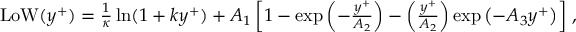
\begin{array} { r } { \mathrm { L o W } ( y ^ { + } ) = \frac { 1 } { \kappa } \ln ( 1 + k y ^ { + } ) + A _ { 1 } \left[ 1 - \exp \left( - \frac { y ^ { + } } { A _ { 2 } } \right) - \left( \frac { y ^ { + } } { A _ { 2 } } \right) \exp \left( - A _ { 3 } y ^ { + } \right) \right] \, , } \end{array}